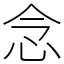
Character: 念